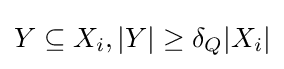
Y\subseteq X_{i},|Y|\geq \delta _{Q}|X_{i}|